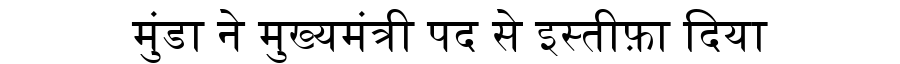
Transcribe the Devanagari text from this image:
मुंडा ने मुख्यमंत्री पद से इस्तीफ़ा दिया